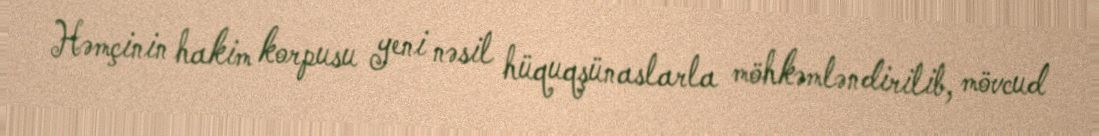
Həmçinin hakim korpusu yeni nəsil hüquqşünaslarla möhkəmləndirilib, mövcud